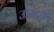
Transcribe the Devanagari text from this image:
ऊमरी